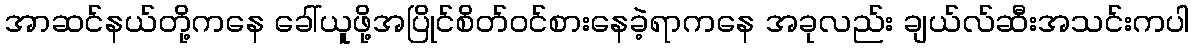
အာဆင်နယ်တို့ကနေ ခေါ်ယူဖို့အပြိုင်စိတ်ဝင်စားနေခဲ့ရာကနေ အခုလည်း ချယ်လ်ဆီးအသင်းကပါ